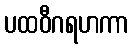
ပထဝီဂရဟကာ